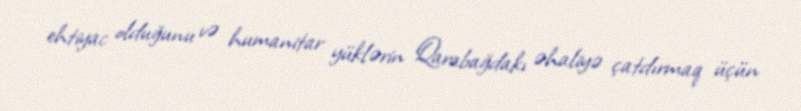
ehtiyac olduğunu və humanitar yüklərin Qarabağdakı əhaliyə çatdırmaq üçün